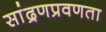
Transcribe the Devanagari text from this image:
सांद्रणप्रवणता